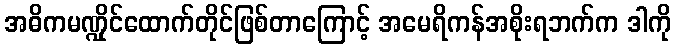
အဓိကမဏ္ဍိုင်ထောက်တိုင်ဖြစ်တာကြောင့် အမေရိကန်အစိုးရဘက်က ဒါကို